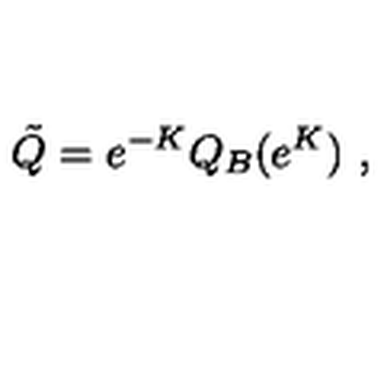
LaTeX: \tilde { Q } = e ^ { - K } Q _ { B } ( e ^ { K } ) \ ,